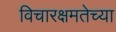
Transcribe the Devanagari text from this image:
विचारक्षमतेच्या